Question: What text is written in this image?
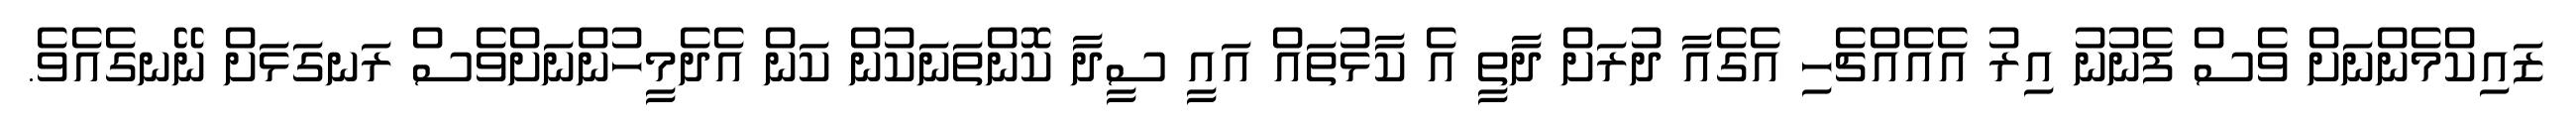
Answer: ޒައިކްމެންނަށް ވެސް ފެނުނު އިރު އެއެއްޗެހި އެގެއާ ދުރަށް ދާތީ އެ ކާޅުތައް އައީ ސީދާ ކޮންތަނަކުން ކަން އެދެމީހުންނަށްވެސް ރަނގަޅަށް ނޭނގެއެވެ.